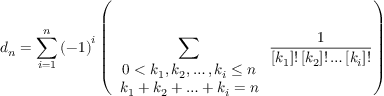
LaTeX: d _ { n } = \sum _ { i = 1 } ^ { n } { \left( - 1 \right) ^ { i } \left( \sum _ { \begin{array} { c } { { 0 < k _ { 1 } , k _ { 2 } , \ldots , k _ { i } \leq n } } \\ { { k _ { 1 } + k _ { 2 } + \ldots + k _ { i } = n } } \end{array} } \frac { 1 } { \left[ k _ { 1 } \right] ! \left[ k _ { 2 } \right] ! \ldots \left[ k _ { i } \right] ! } \right) }